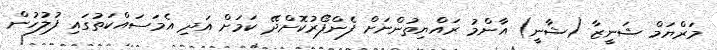
މަރްޔަމް ޝަނީޒާ (ޝާނީ) އާންމު ރައްޔިތުންނަށް ފެންފޯރުކޮށްދޭ ކަމަށް އަދި އެމަސައްކަތުގައި ފުލުހުން